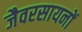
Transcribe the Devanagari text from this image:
जैवरसायनों